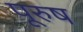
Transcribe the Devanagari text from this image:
पूरुष